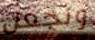
ونجعل